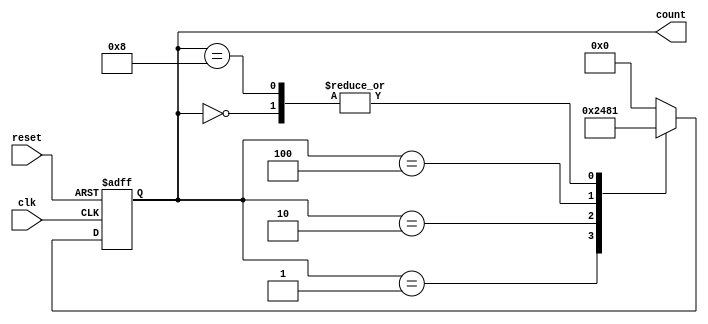
module decade_ring_counter (
    input wire clk,          // Clock signal
    input wire reset,        // Asynchronous reset signal
    output reg [3:0] count   // 4-bit output representing the current state
);

// Internal state representation
reg [3:0] next_count;

// State transition logic
always @(*) begin
    case (count)
        4'b0000: next_count = 4'b0001; // 0 -> 1
        4'b0001: next_count = 4'b0010; // 1 -> 2
        4'b0010: next_count = 4'b0100; // 2 -> 4
        4'b0100: next_count = 4'b1000; // 4 -> 8
        4'b1000: next_count = 4'b0001; // 8 -> 1 (wrap around)
        default: next_count = 4'b0000; // Default to 0 for unused states
    endcase
end

// Sequential logic for state transition
always @(posedge clk or posedge reset) begin
    if (reset) begin
        count <= 4'b0000; // Reset to initial state (0000)
    end else begin
        count <= next_count; // Update state on clock edge
    end
end

endmodule